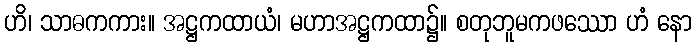
ဟိ၊ သာဓကကား။ အဋ္ဌကထာယံ၊ မဟာအဋ္ဌကထာ၌။ စတုဘူမကဖဿော ဟံ နော